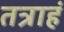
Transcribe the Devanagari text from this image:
तत्राहं